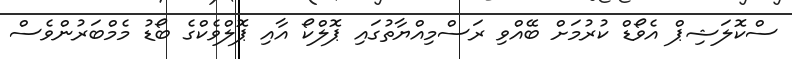
ސްކޮލަޝިޕް އެވޯޑް ކުރުމަށް ބޭއްވި ރަސްމިއްޔާތުގައި ޕޮލްކޯ އާއި ޕޮލްވެކްގެ ބޯޑު މެމްބަރުންވެސް